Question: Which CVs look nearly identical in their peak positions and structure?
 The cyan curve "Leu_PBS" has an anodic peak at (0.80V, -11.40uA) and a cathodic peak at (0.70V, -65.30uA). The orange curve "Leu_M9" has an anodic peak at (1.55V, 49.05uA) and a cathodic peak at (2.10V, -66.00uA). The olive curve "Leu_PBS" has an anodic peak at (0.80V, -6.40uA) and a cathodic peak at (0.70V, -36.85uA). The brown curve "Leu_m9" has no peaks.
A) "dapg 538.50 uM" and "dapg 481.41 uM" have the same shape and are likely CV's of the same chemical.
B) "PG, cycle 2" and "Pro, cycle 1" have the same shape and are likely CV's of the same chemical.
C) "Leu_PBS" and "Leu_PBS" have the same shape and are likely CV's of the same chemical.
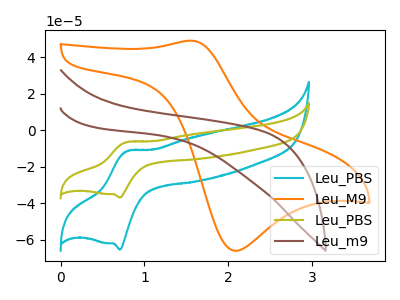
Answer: <think>"Leu_PBS" and "Leu_M9" have at least one peak that do not match. All the peaks in "Leu_PBS" have a peak in "Leu_PBS" at the same potential. "Leu_PBS" and "Leu_m9" have a different number of peaks. "Leu_M9" and "Leu_PBS" have at least one peak that do not match. "Leu_M9" and "Leu_m9" have a different number of peaks. "Leu_PBS" and "Leu_m9" have a different number of peaks.
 </think>
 <answer>C) "Leu_PBS" and "Leu_PBS" have the same shape and are likely CV's of the same chemical.</answer>
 <eval>C</eval>